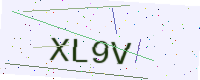
Text: XL9V